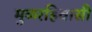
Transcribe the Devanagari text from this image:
मुळरहिवासी